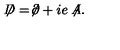
\not \! \! D = \not \! \partial + i e \not \! \! A .